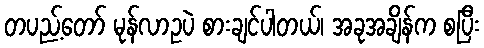
တပည့်တော် မုန်လာဥပဲ စားချင်ပါတယ်၊ အခုအချိန်က စပြီး